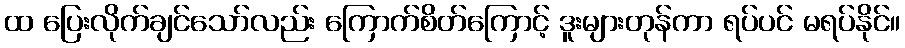
ထ ပြေးလိုက်ချင်သော်လည်း ကြောက်စိတ်ကြောင့် ဒူးများတုန်ကာ ရပ်ပင် မရပ်နိုင်။